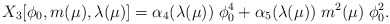
\begin{align*}X_3[\phi_0,m(\mu),\lambda(\mu)] = \alpha_4(\lambda(\mu)) \; \phi_0^4 + \alpha_5(\lambda(\mu)) \; m^2(\mu) \; \phi_0^2.\end{align*}